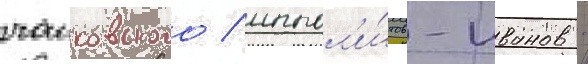
чаиковского / иппол'и́тов-иванов -